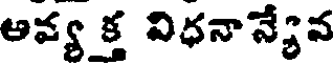
ఆవ్య క్త విధనాన్యేవ